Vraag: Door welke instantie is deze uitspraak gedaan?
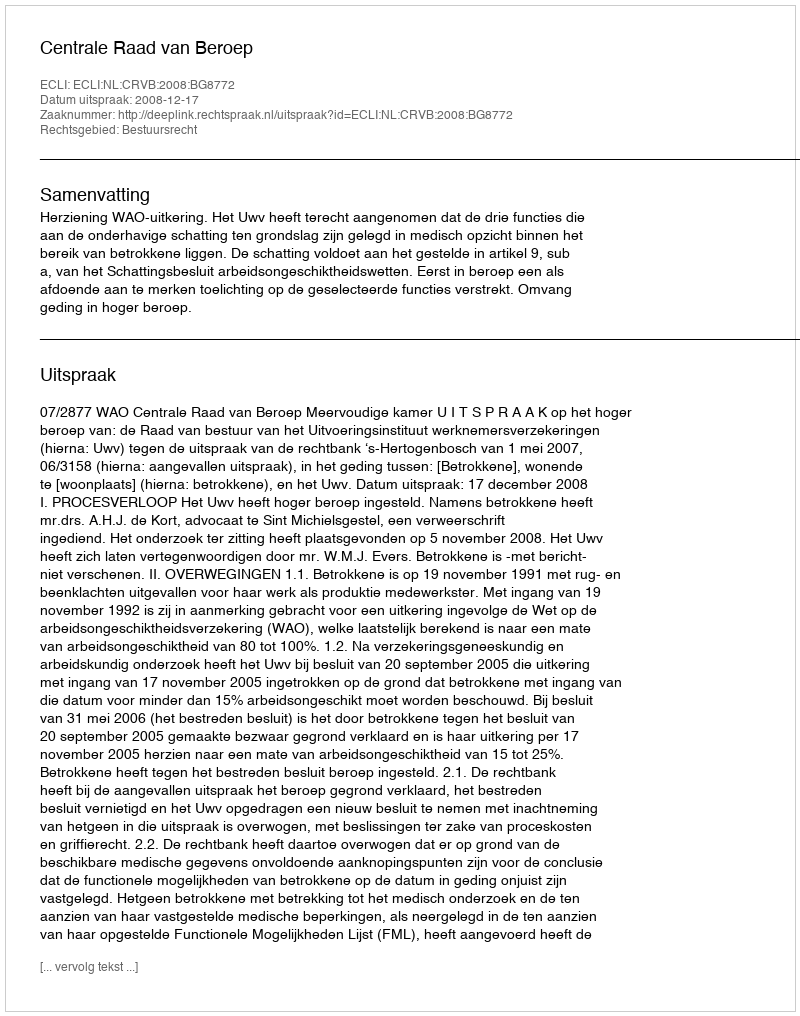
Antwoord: Centrale Raad van Beroep